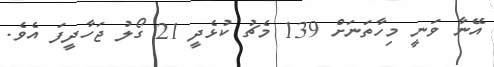
އޭނާ ވަނީ މިހާތަނަށް 139 މެޗު ކުޅެދީ 21 ގޯލު ޖަހާދީފަ އެވެ.